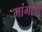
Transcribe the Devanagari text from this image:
मांगांची